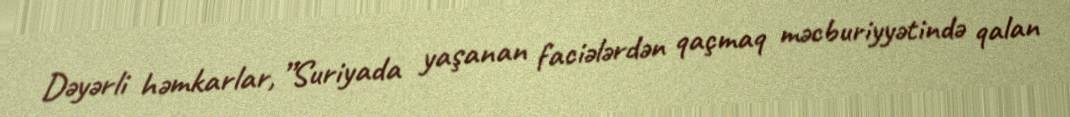
Dəyərli həmkarlar, ”Suriyada yaşanan faciələrdən qaçmaq məcburiyyətində qalan